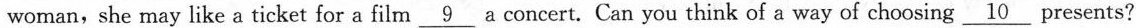
woman,she may like a ticket for a film